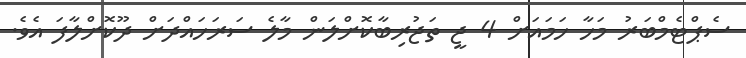
ސެޕްޓެމްބަރު މަހާ ހަމައަށް 4 ޖީ ތަޖުރިބާކޮށްލަން މާލެ ސަރަހައްދަށް ދޫކޮށްލާފަ އެވެ.